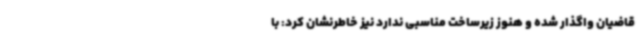
قاضیان واگذار شده و هنوز زیرساخت مناسبی ندارد نیز خاطرنشان کرد: با